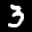
Label: 3